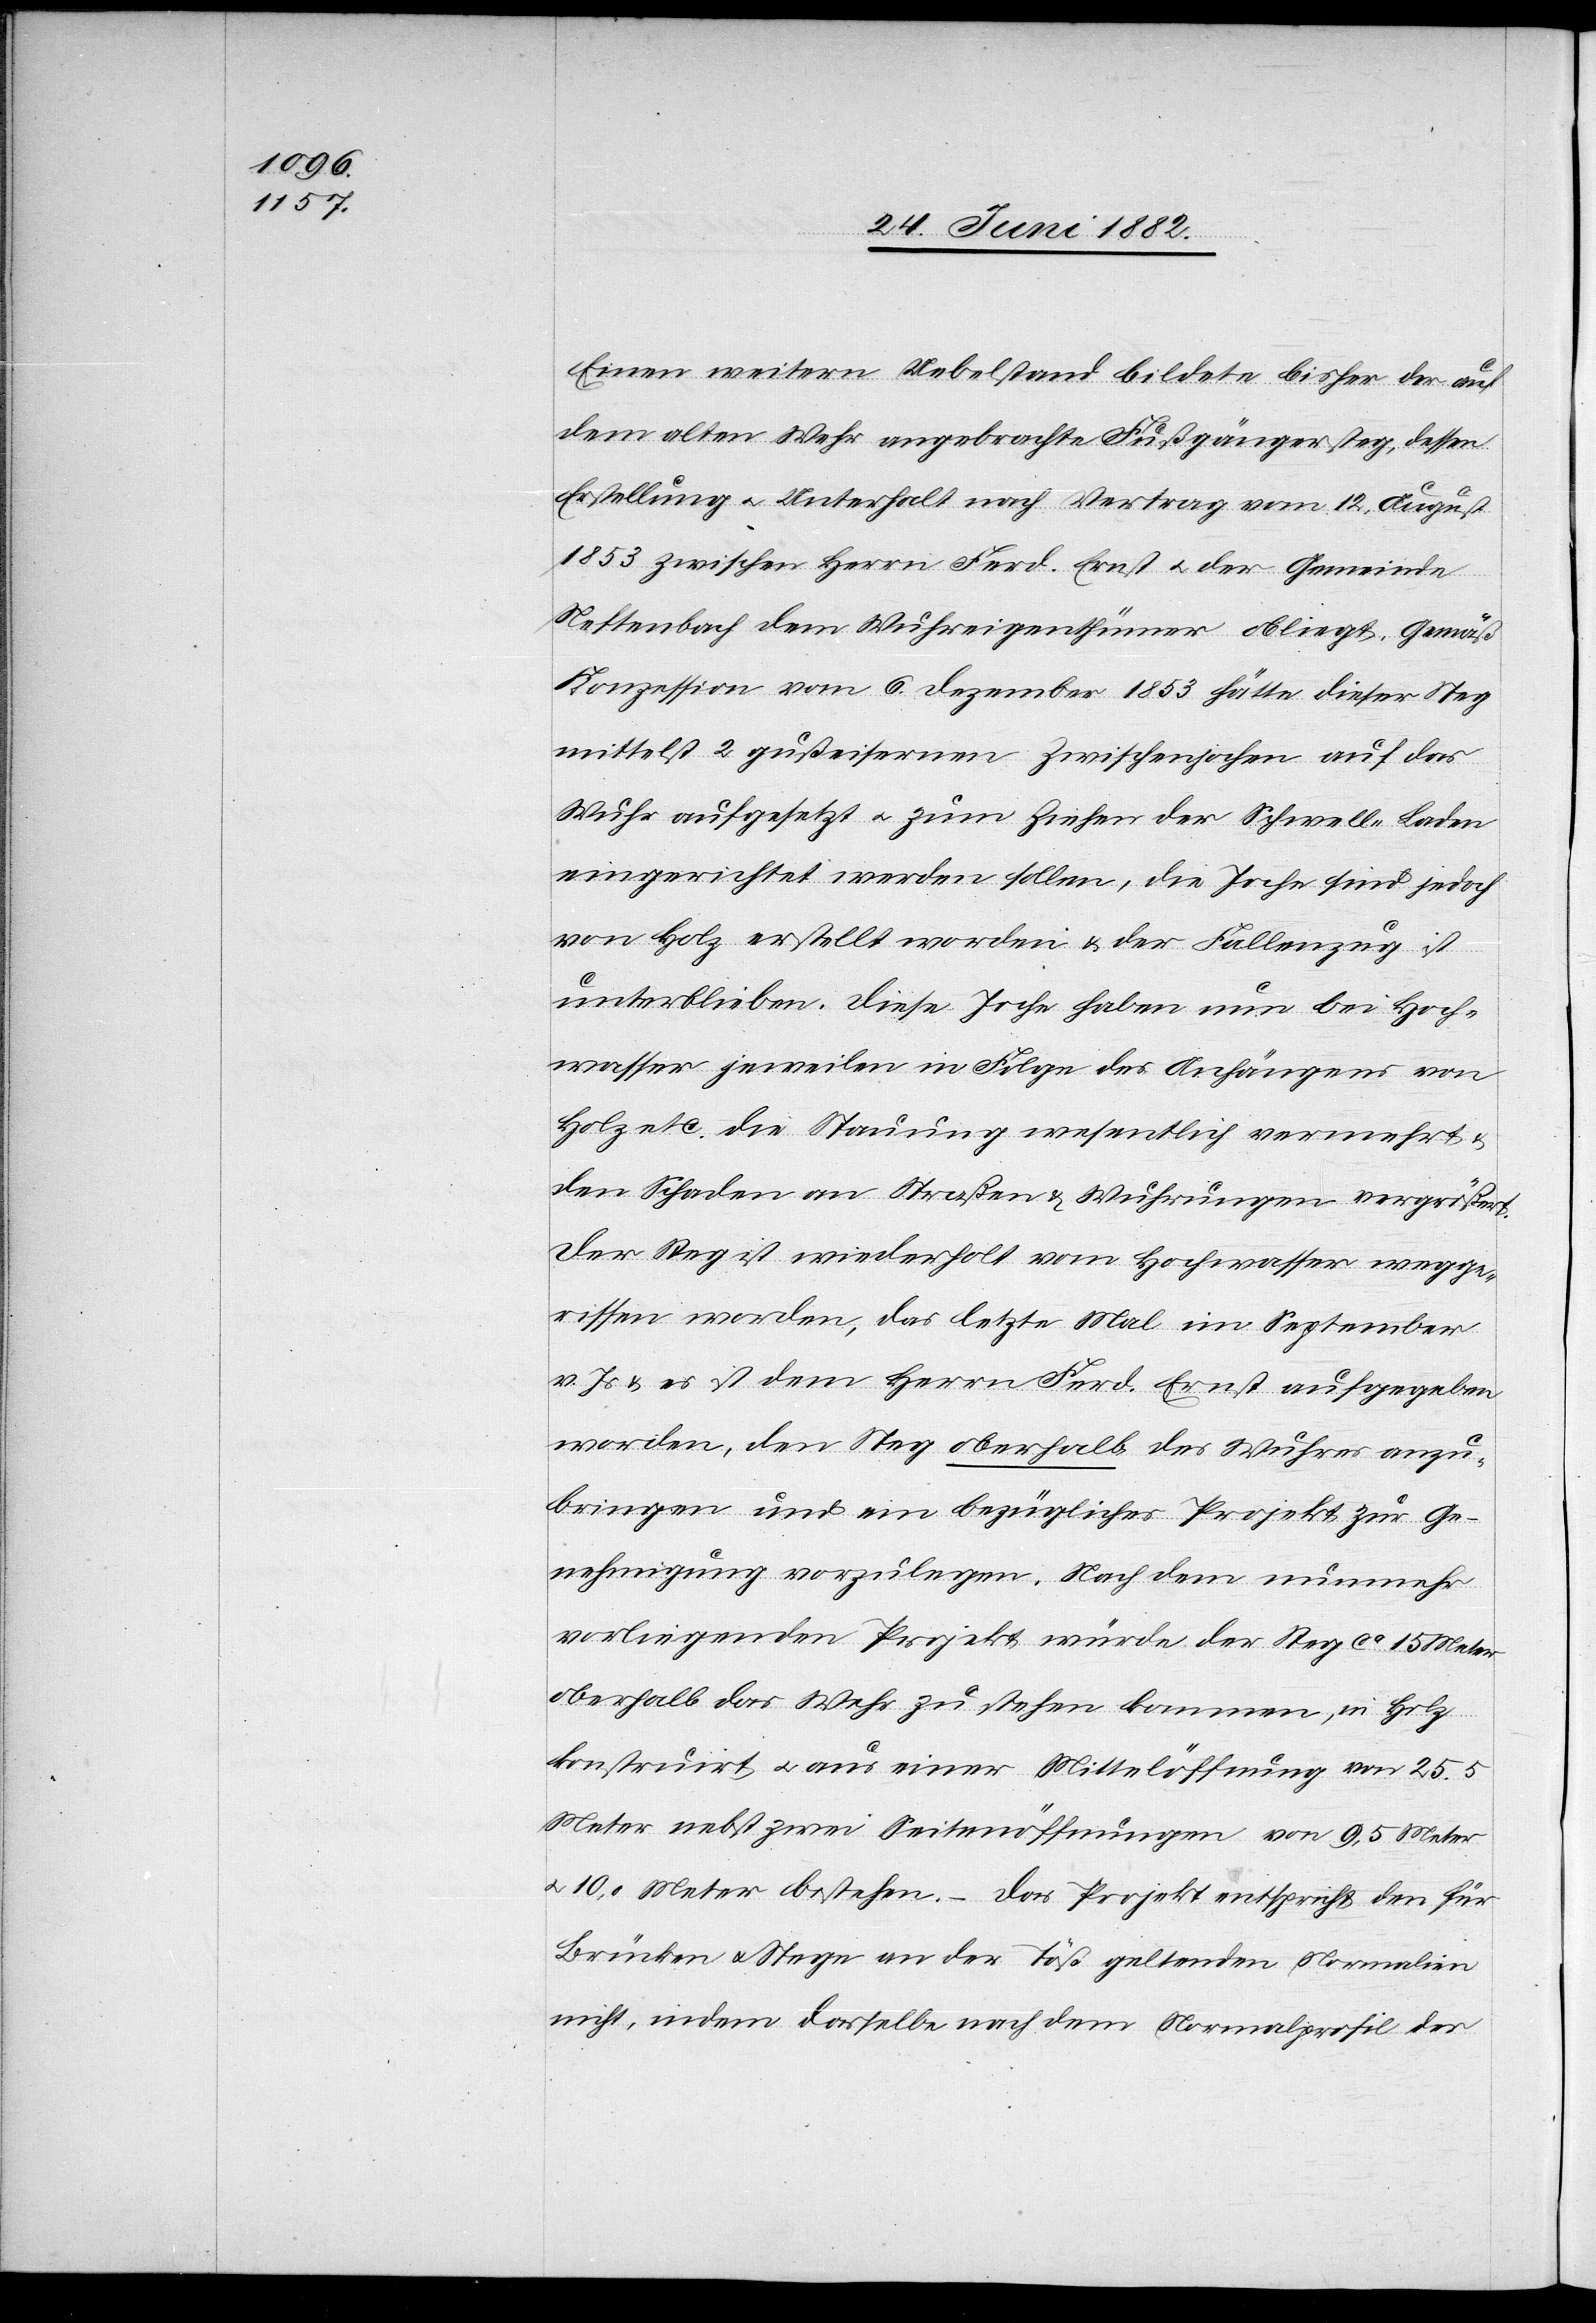
Einen weitern Uebelstand bildet bisher der auf
dem alten Wehr angebrachte Fußgängersteg, dessen
Erstellung u. Unterhalt nach Vertrag vom 12. August
1853 zwischen Herrn Ferd. Ernst u. der Gemeinde
Neftenbach dem Wuhreigenthümer obliegt. Gemäß
Konzession vom 6. Dezember 1853 hätte dieser Steg
mittelst 2 gußeisernen Zwischenjochen auf das
Wuhr aufgesetzt u. zum Ziehen der Schwell-Laden
eingerichtet werden sollen, die Joche sind jedoch
von Holz erstellt worden & der Fallenzug ist
unterblieben. Diese Joche haben nun bei Hoch¬
wasser jeweilen in Folge des Anhängens von
Holz etc. die Stauung wesentlich vermehrt
den Schaden an Straßen & Wuhrungen vergrößert.
Der Steg ist wiederholt vom Hochwasser wegge¬
rissen worden, das letzte Mal im September
v. Js. & es ist dem Herrn Ferd. Ernst aufgegeben
worden, den Steg oberhalb des Wuhres anzu¬
bringen und ein bezügliches Projekt zur Ge¬
nehmigung vorzulegen. Nach dem nunmehr
vorliegenden Projekt würde der Steg ca 15 Meter
oberhalb das Wehr zu stehen kommen, in Holz
konstruirt u. aus einer Mittelöffnung von 25.5
Meter nebst zwei Seitenöffnungen von 9,5 Meter
u. 10,0 Meter bestehen. – Das Projekt entspricht den für
Brücken und Stege an der Töß geltenden Normalien
nicht, indem dasselbe nach dem Normalprofil der